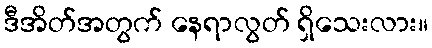
ဒီအိတ်အတွက် နေရာလွတ် ရှိသေးလား။